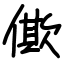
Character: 僛